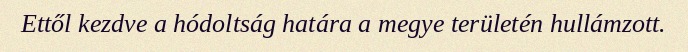
Ettől kezdve a hódoltság határa a megye területén hullámzott.